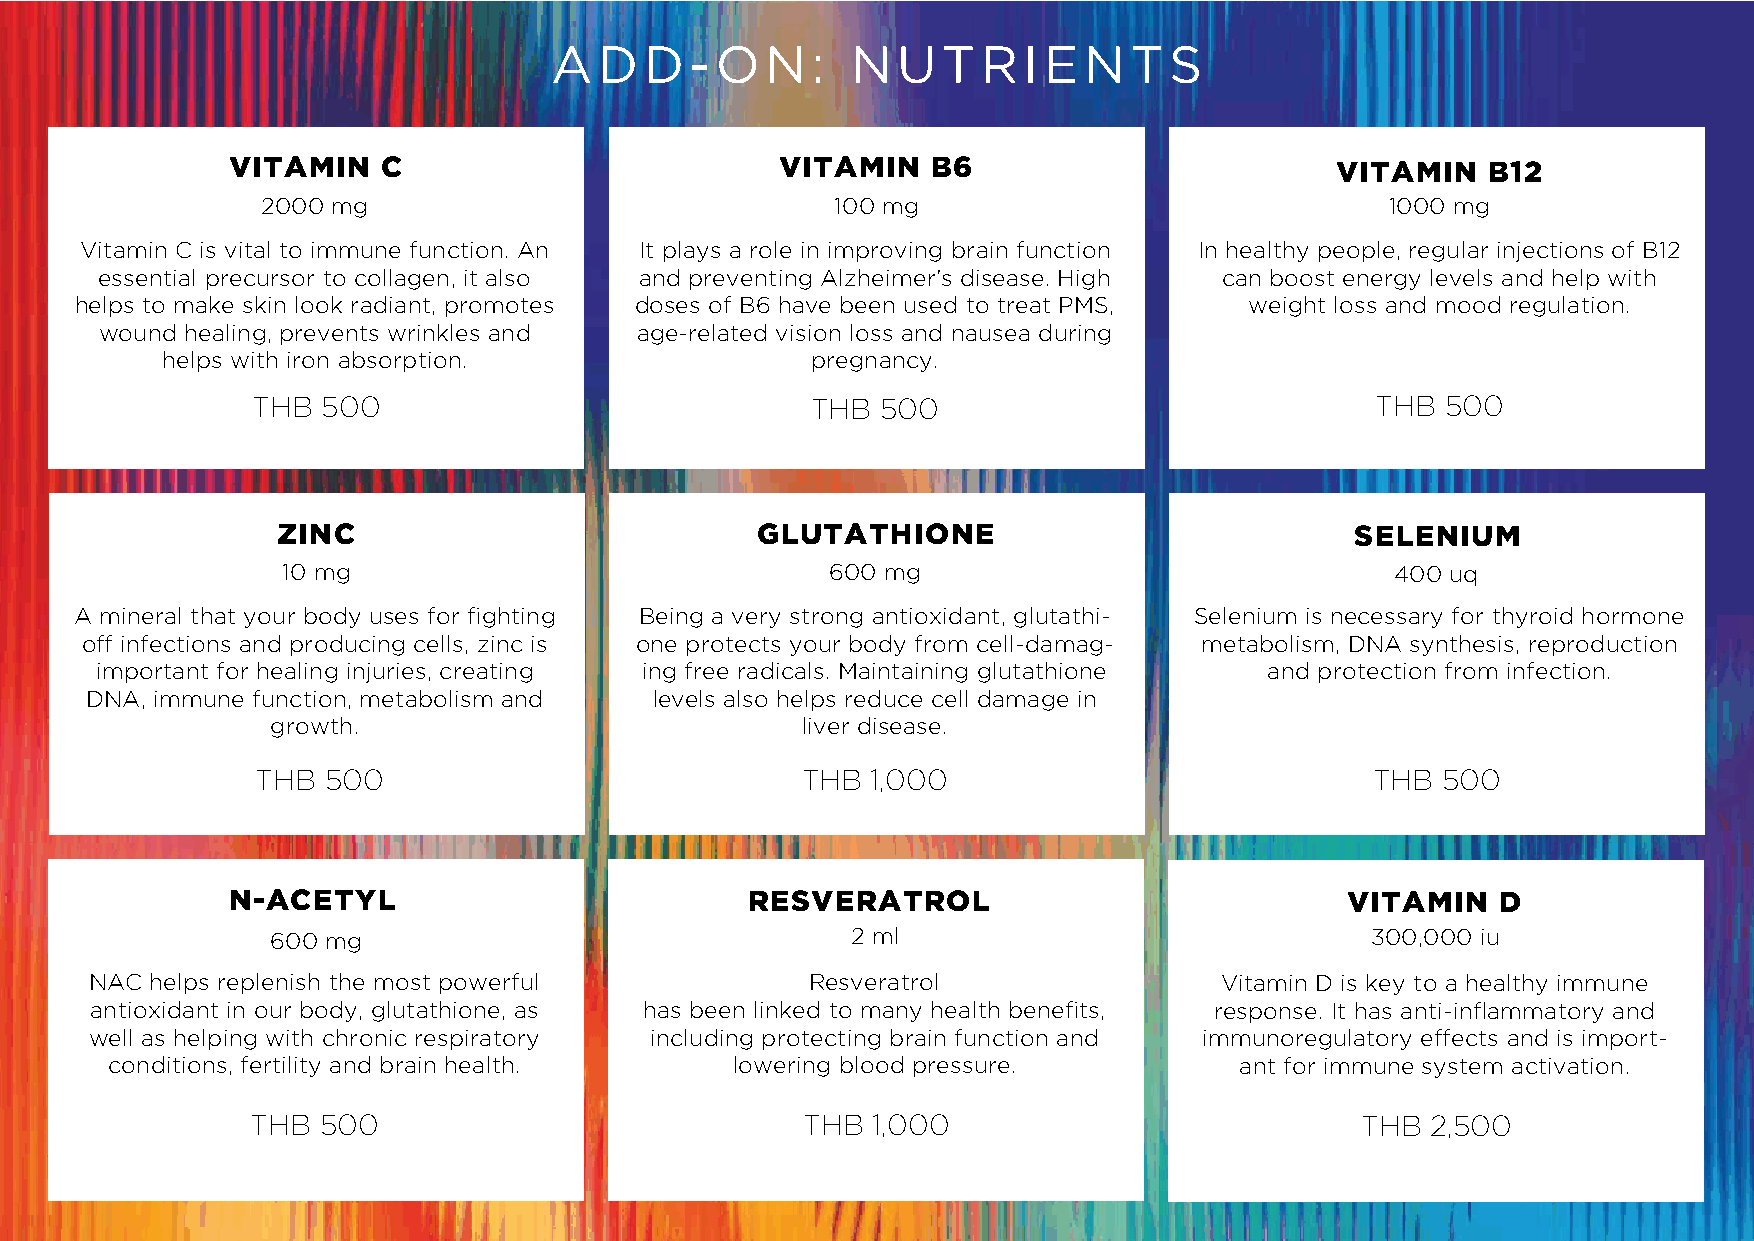
ADD-ON:             NUTRIENTS
 VITAMIN   C                          VITAMIN   B6                        VITAMIN    B12
 2000 mg                               100 mg                               1000 mg
 Vitamin C is vital to immune function. An It plays a role in improving brain function In healthy people, regular injections of B12
 essential precursor to collagen, it also and preventing Alzheimer’s disease. High can boost energy levels and help with
 helps to make skin look radiant, promotes doses of B6 have been used to treat PMS, weight loss and mood regulation.
 wound healing, prevents wrinkles and age-related vision loss and nausea during
 helps with iron absorption.                pregnancy.
 THB 500                              THB 500                              THB  500
 ZINC                            GLUTATHIONE                             SELENIUM
 10 mg                               600 mg                               400 uq
 A mineral that your body uses for fighting Being a very strong antioxidant, glutathi- Selenium is necessary for thyroid hormone
 off infections and producing cells, zinc is one protects your body from cell-damag- metabolism, DNA synthesis, reproduction
 important for healing injuries, creating ing free radicals. Maintaining glutathione and protection from infection.
 DNA, immune function, metabolism and levels also helps reduce cell damage in
 growth.                            liver disease.
 THB 500                             THB  1,000                            THB 500
 N-ACETYL                           RESVERATROL                            VITAMIN   D
 600 mg                                2 ml                               300,000 iu
 NAC helps replenish the most powerful           Resveratrol                Vitamin D is key to a healthy immune
 antioxidant in our body, glutathione, as has been linked to many health benefits, response. It has anti-inflammatory and
 well as helping with chronic respiratory including protecting brain function and immunoregulatory effects and is import-
 conditions, fertility and brain health.   lowering blood pressure.         ant for immune system activation.
 THB 500                             THB  1,000                           THB  2,500